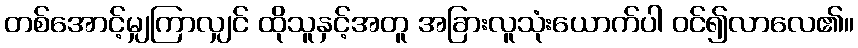
တစ်အောင့်မျှကြာလျှင် ထိုသူနှင့်အတူ အခြားလူသုံးယောက်ပါ ဝင်၍လာလေ၏။